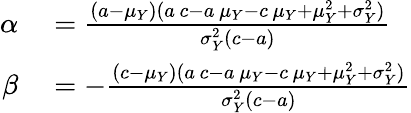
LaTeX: \begin{array}{rl}{\alpha}&{{}={\frac{(a-\mu_{Y})(a\, c-a\, \mu_{Y}-c\, \mu_{Y}+\mu_{Y}^{2}+\sigma_{Y}^{2})}{\sigma_{Y}^{2}(c-a)}}}\\ {\beta}&{{}=-{\frac{(c-\mu_{Y})(a\, c-a\, \mu_{Y}-c\, \mu_{Y}+\mu_{Y}^{2}+\sigma_{Y}^{2})}{\sigma_{Y}^{2}(c-a)}}}\end{array}